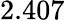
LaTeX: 2.407